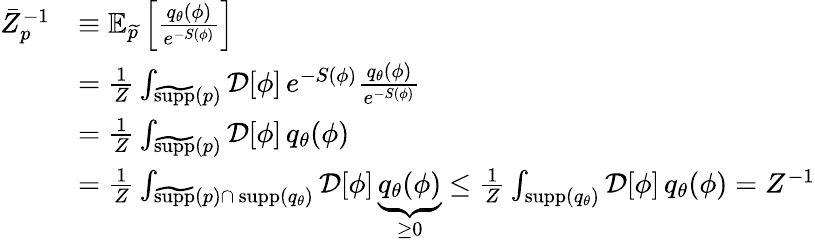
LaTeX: \begin{array}{rl}{\bar{Z}_{p}^{-1}}&{\equiv\mathbb{E}_{\widetilde{p}}\left[\frac{q_{\theta}(\phi)}{e^{-S(\phi)}}\right]}\\ &{=\frac{1}{Z}\int_{\widetilde{\textrm{supp}}(p)}\mathcal{D}[\phi]\, e^{-S(\phi)}\frac{q_{\theta}(\phi)}{e^{-S(\phi)}}}\\ &{=\frac{1}{Z}\int_{\widetilde{\textrm{supp}}(p)}\mathcal{D}[\phi]\, q_{\theta}(\phi)}\\ &{=\frac{1}{Z}\int_{\widetilde{\textrm{supp}}(p)\cap\, {\mathrm{supp}}(q_{\theta})}\mathcal{D}[\phi]\, \underbrace{q_{\theta}(\phi)}_{\geq 0}\leq\frac{1}{Z}\int_{{\mathrm{supp}}(q_{\theta})}\mathcal{D}[\phi]\, q_{\theta}(\phi)=Z^{-1}}\end{array}